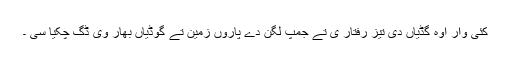
کئی وار اوہ گڈیاں دی تیز رفتار ی تے جمپ لگن دے پاروں زمین تے گوڈیاں بھار وی ڈگ چکیا سی ۔